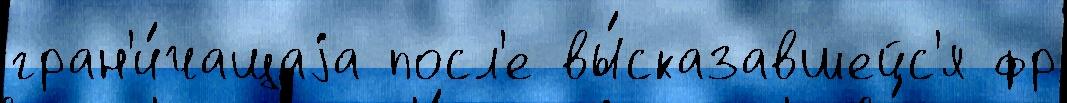
гран'и́чащаjа посл'е вы́сказавшейс'я фр